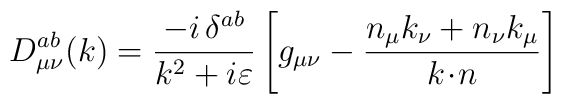
D^{ab}_{\mu\nu}(k)=\frac{-i\,\delta^{ab}}{k^2+i\varepsilon}\left[g_{\mu\nu}-\frac{n_{\mu}k_{\nu}+n_{\nu}k_{\mu}}{k\!\cdot\! n} \right ]